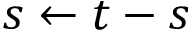
s \leftarrow t - s